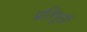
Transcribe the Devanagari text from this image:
प्रतिपूर्ती